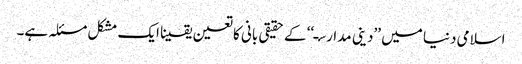
اسلامی دنیا میں ’’دینی مدارسـ‘‘ کے حقیقی بانی کا تعین یقینا ایک مشکل مسئلہ ہے۔